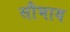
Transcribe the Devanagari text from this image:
सौभाय